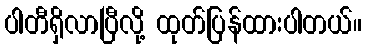
ပါတီရှိလာပြီလို့ ထုတ်ပြန်ထားပါတယ်။